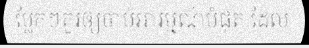
ប្លែកៗគួរឲ្យចាប់អារម្មណ៍បំផុត ដែល